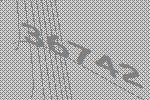
36742